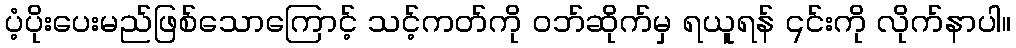
ပံ့ပိုးပေးမည်ဖြစ်သောကြောင့် သင့်ကတ်ကို ဝဘ်ဆိုက်မှ ရယူရန် ၎င်းကို လိုက်နာပါ။